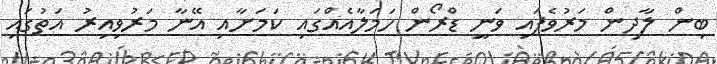
ބިން ލާދިން މަރުވެފައި ވަނީ ޑްރޯން ހަމަލާއެއްގައި ކަމަށާއި އޭނާ މަރުވިއިރު އަތުގައި